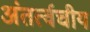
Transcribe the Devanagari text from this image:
अंतर्त्वचीय